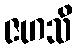
ဇဟသိ